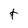
Character: t